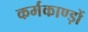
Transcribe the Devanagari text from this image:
कर्मकाण्ड़ों